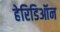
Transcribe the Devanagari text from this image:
हेरिडिऑन